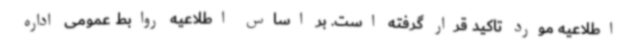
اطلاعیه مورد تاکید قرار گرفته است. بر اساس اطلاعیه روابط عمومی اداره